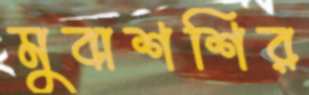
মুবাশশির